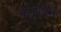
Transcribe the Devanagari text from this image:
कॅनाबिनस